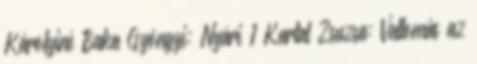
Károlyiné Baka Gyöngyi: Nyári 1 Kartal Zsuzsa: Vallomás az